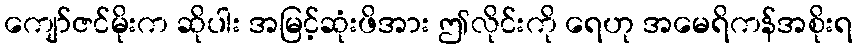
ကျော်ဇင်မိုးက ဆိုပါး အမြင့်ဆုံးဖိအား ဤလိုင်းကို ရေဟု အမေရိကန်အစိုးရ